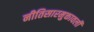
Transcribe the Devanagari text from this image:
नीतिसारमुक्तावली